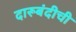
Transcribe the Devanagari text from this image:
दारूबंदीची